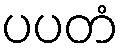
ပပတံ